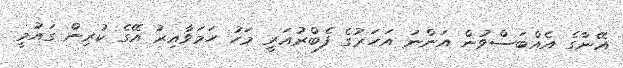
އޭނާގެ އެއްބަސްވުން އަންނަ އަހަރުގެ ފެބްރުއަރީ މަހު ހަމަވާއިރު އޭގެ ކުރިން ގައުމީ